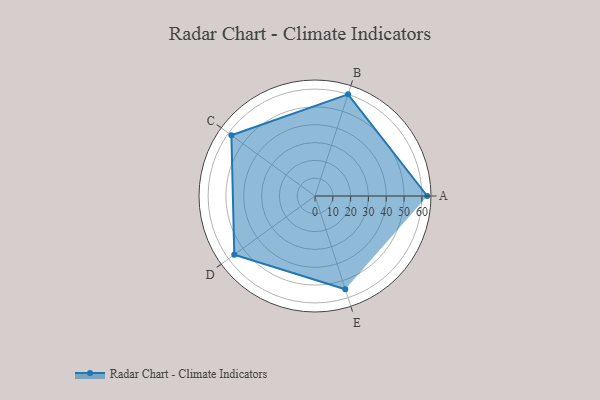
{"axis": {"x": "Skill", "y": "Score"}, "legend": ["Profile"], "data": [{"x": "A", "y": 63.0, "type": "Profile"}, {"x": "B", "y": 60.0, "type": "Profile"}, {"x": "C", "y": 58.0, "type": "Profile"}, {"x": "D", "y": 56.0, "type": "Profile"}, {"x": "E", "y": 55.0, "type": "Profile"}]}